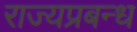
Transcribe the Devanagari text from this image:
राज्यप्रबन्ध